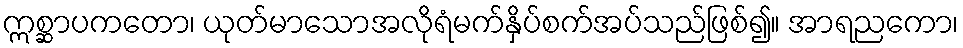
ဣစ္ဆာပကတော၊ ယုတ်မာသောအလိုရံမက်နှိပ်စက်အပ်သည်ဖြစ်၍။ အာရညကော၊